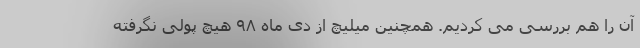
آن را هم بررسی می کردیم. همچنین میلیچ از دی ماه ۹۸ هیچ پولی نگرفته